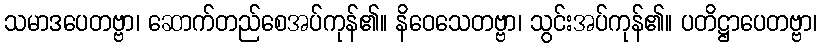
သမာဒပေတဗ္ဗာ၊ ဆောက်တည်စေအပ်ကုန်၏။ နိဝေသေတဗ္ဗာ၊ သွင်းအပ်ကုန်၏။ ပတိဋ္ဌာပေတဗ္ဗာ၊